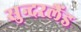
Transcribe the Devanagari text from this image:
सुन्दरलैंड